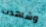
وشاهدت